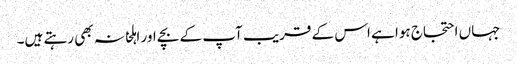
جہاں احتجاج ہوا ہے اس کے قریب آپ کے بچے اور اہلخانہ بھی رہتے ہیں۔